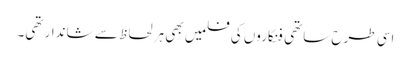
اسی طرح ساتھی فنکاروں کی فلمیں بھی ہر لحاظ سے شاندار تھی۔